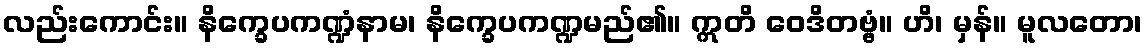
လည်းကောင်း။ နိက္ခေပကဏ္ဍံနာမ၊ နိက္ခေပကဏ္ဍမည်၏။ ဣတိ ဝေဒိတဗ္ဗံ။ ဟိ၊ မှန်။ မူလတော၊